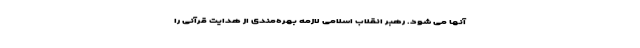
آنها می شود. رهبر انقلاب اسلامی لازمه بهره‌مندی از هدایت قرآنی را